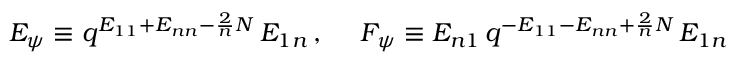
E _ { \psi } \equiv q ^ { E _ { 1 1 } + E _ { n n } - \frac { 2 } { n } N } \, E _ { 1 n } \, , ~ ~ ~ ~ F _ { \psi } \equiv E _ { n 1 } \, q ^ { - E _ { 1 1 } - E _ { n n } + \frac { 2 } { n } N } \, E _ { 1 n }